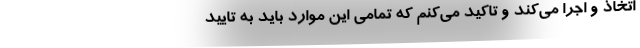
اتخاذ و اجرا می‌کند و تاکید می‌کنم که تمامی این موارد باید به تایید